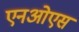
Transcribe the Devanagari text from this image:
एनओएस